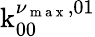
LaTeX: \operatorname{k}_{00}^{\nu_{\mathrm{~m~a~x~}},01}